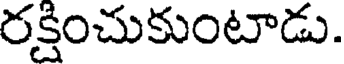
రక్షించుకుంటాడు.